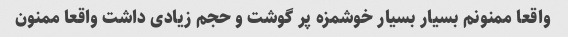
واقعا ممنونم بسیار بسیار خوشمزه پر گوشت و حجم زیادی داشت واقعا ممنون